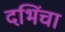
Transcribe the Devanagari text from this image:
दभिंचा